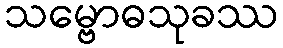
သမ္ဗောဓသုခဿ